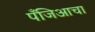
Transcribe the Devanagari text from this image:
पँजिआचा